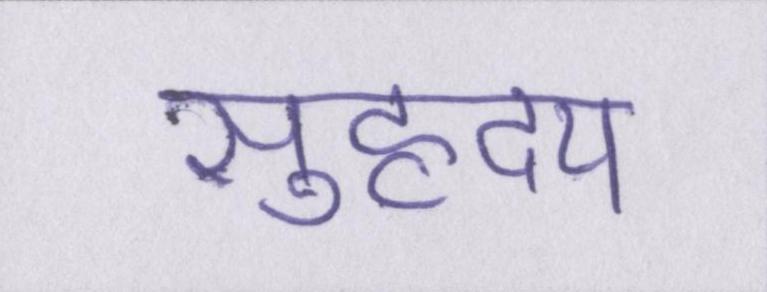
सुहृदय